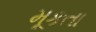
મૂકતા